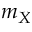
m _ { X }